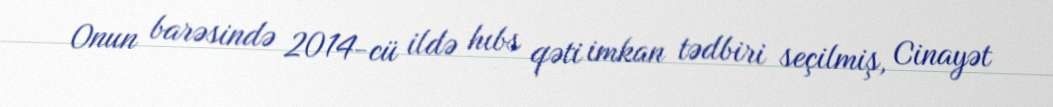
Onun barəsində 2014-cü ildə hıbs qəti imkan tədbiri seçilmiş, Cinayət